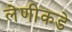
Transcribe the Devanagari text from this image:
लेणीकडे